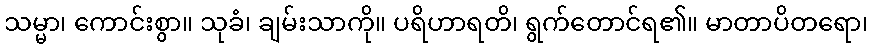
သမ္မာ၊ ကောင်းစွာ။ သုခံ၊ ချမ်းသာကို။ ပရိဟာရတိ၊ ရွက်တောင်ရ၏။ မာတာပိတရော၊